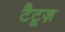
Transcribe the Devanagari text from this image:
टैटूज़